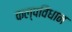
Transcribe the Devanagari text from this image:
कल्पविधान